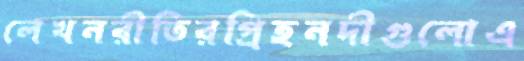
লেখনরীতিরপ্রিহনদীগুলোএ